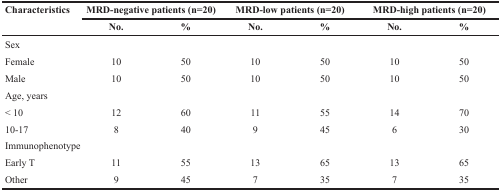
<table><thead><tr><td><b>Characteristics</b></td><td colspan="2"><b>MRD-negative patients (n=20)</b></td><td colspan="2"><b>MRD-low patients (n=20)</b></td><td colspan="2"><b>MRD-high patients (n=20)</b></td></tr><tr><td></td><td><b>No.</b></td><td><b>%</b></td><td><b>No.</b></td><td><b>%</b></td><td><b>No.</b></td><td><b>%</b></td></tr></thead><tbody><tr><td colspan="7">Sex</td></tr><tr><td>Female</td><td>10</td><td>50</td><td>10</td><td>50</td><td>10</td><td>50</td></tr><tr><td>Male</td><td>10</td><td>50</td><td>10</td><td>50</td><td>10</td><td>50</td></tr><tr><td colspan="7">Age, years</td></tr><tr><td>&lt; 10</td><td>12</td><td>60</td><td>11</td><td>55</td><td>14</td><td>70</td></tr><tr><td>10-17</td><td>8</td><td>40</td><td>9</td><td>45</td><td>6</td><td>30</td></tr><tr><td colspan="7">Immunophenotype</td></tr><tr><td>Early T</td><td>11</td><td>55</td><td>13</td><td>65</td><td>13</td><td>65</td></tr><tr><td>Other</td><td>9</td><td>45</td><td>7</td><td>35</td><td>7</td><td>35</td></tr></tbody></table>